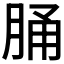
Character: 𦛸